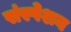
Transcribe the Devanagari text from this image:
संस्पेशन